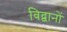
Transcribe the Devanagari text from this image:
विद्वानों